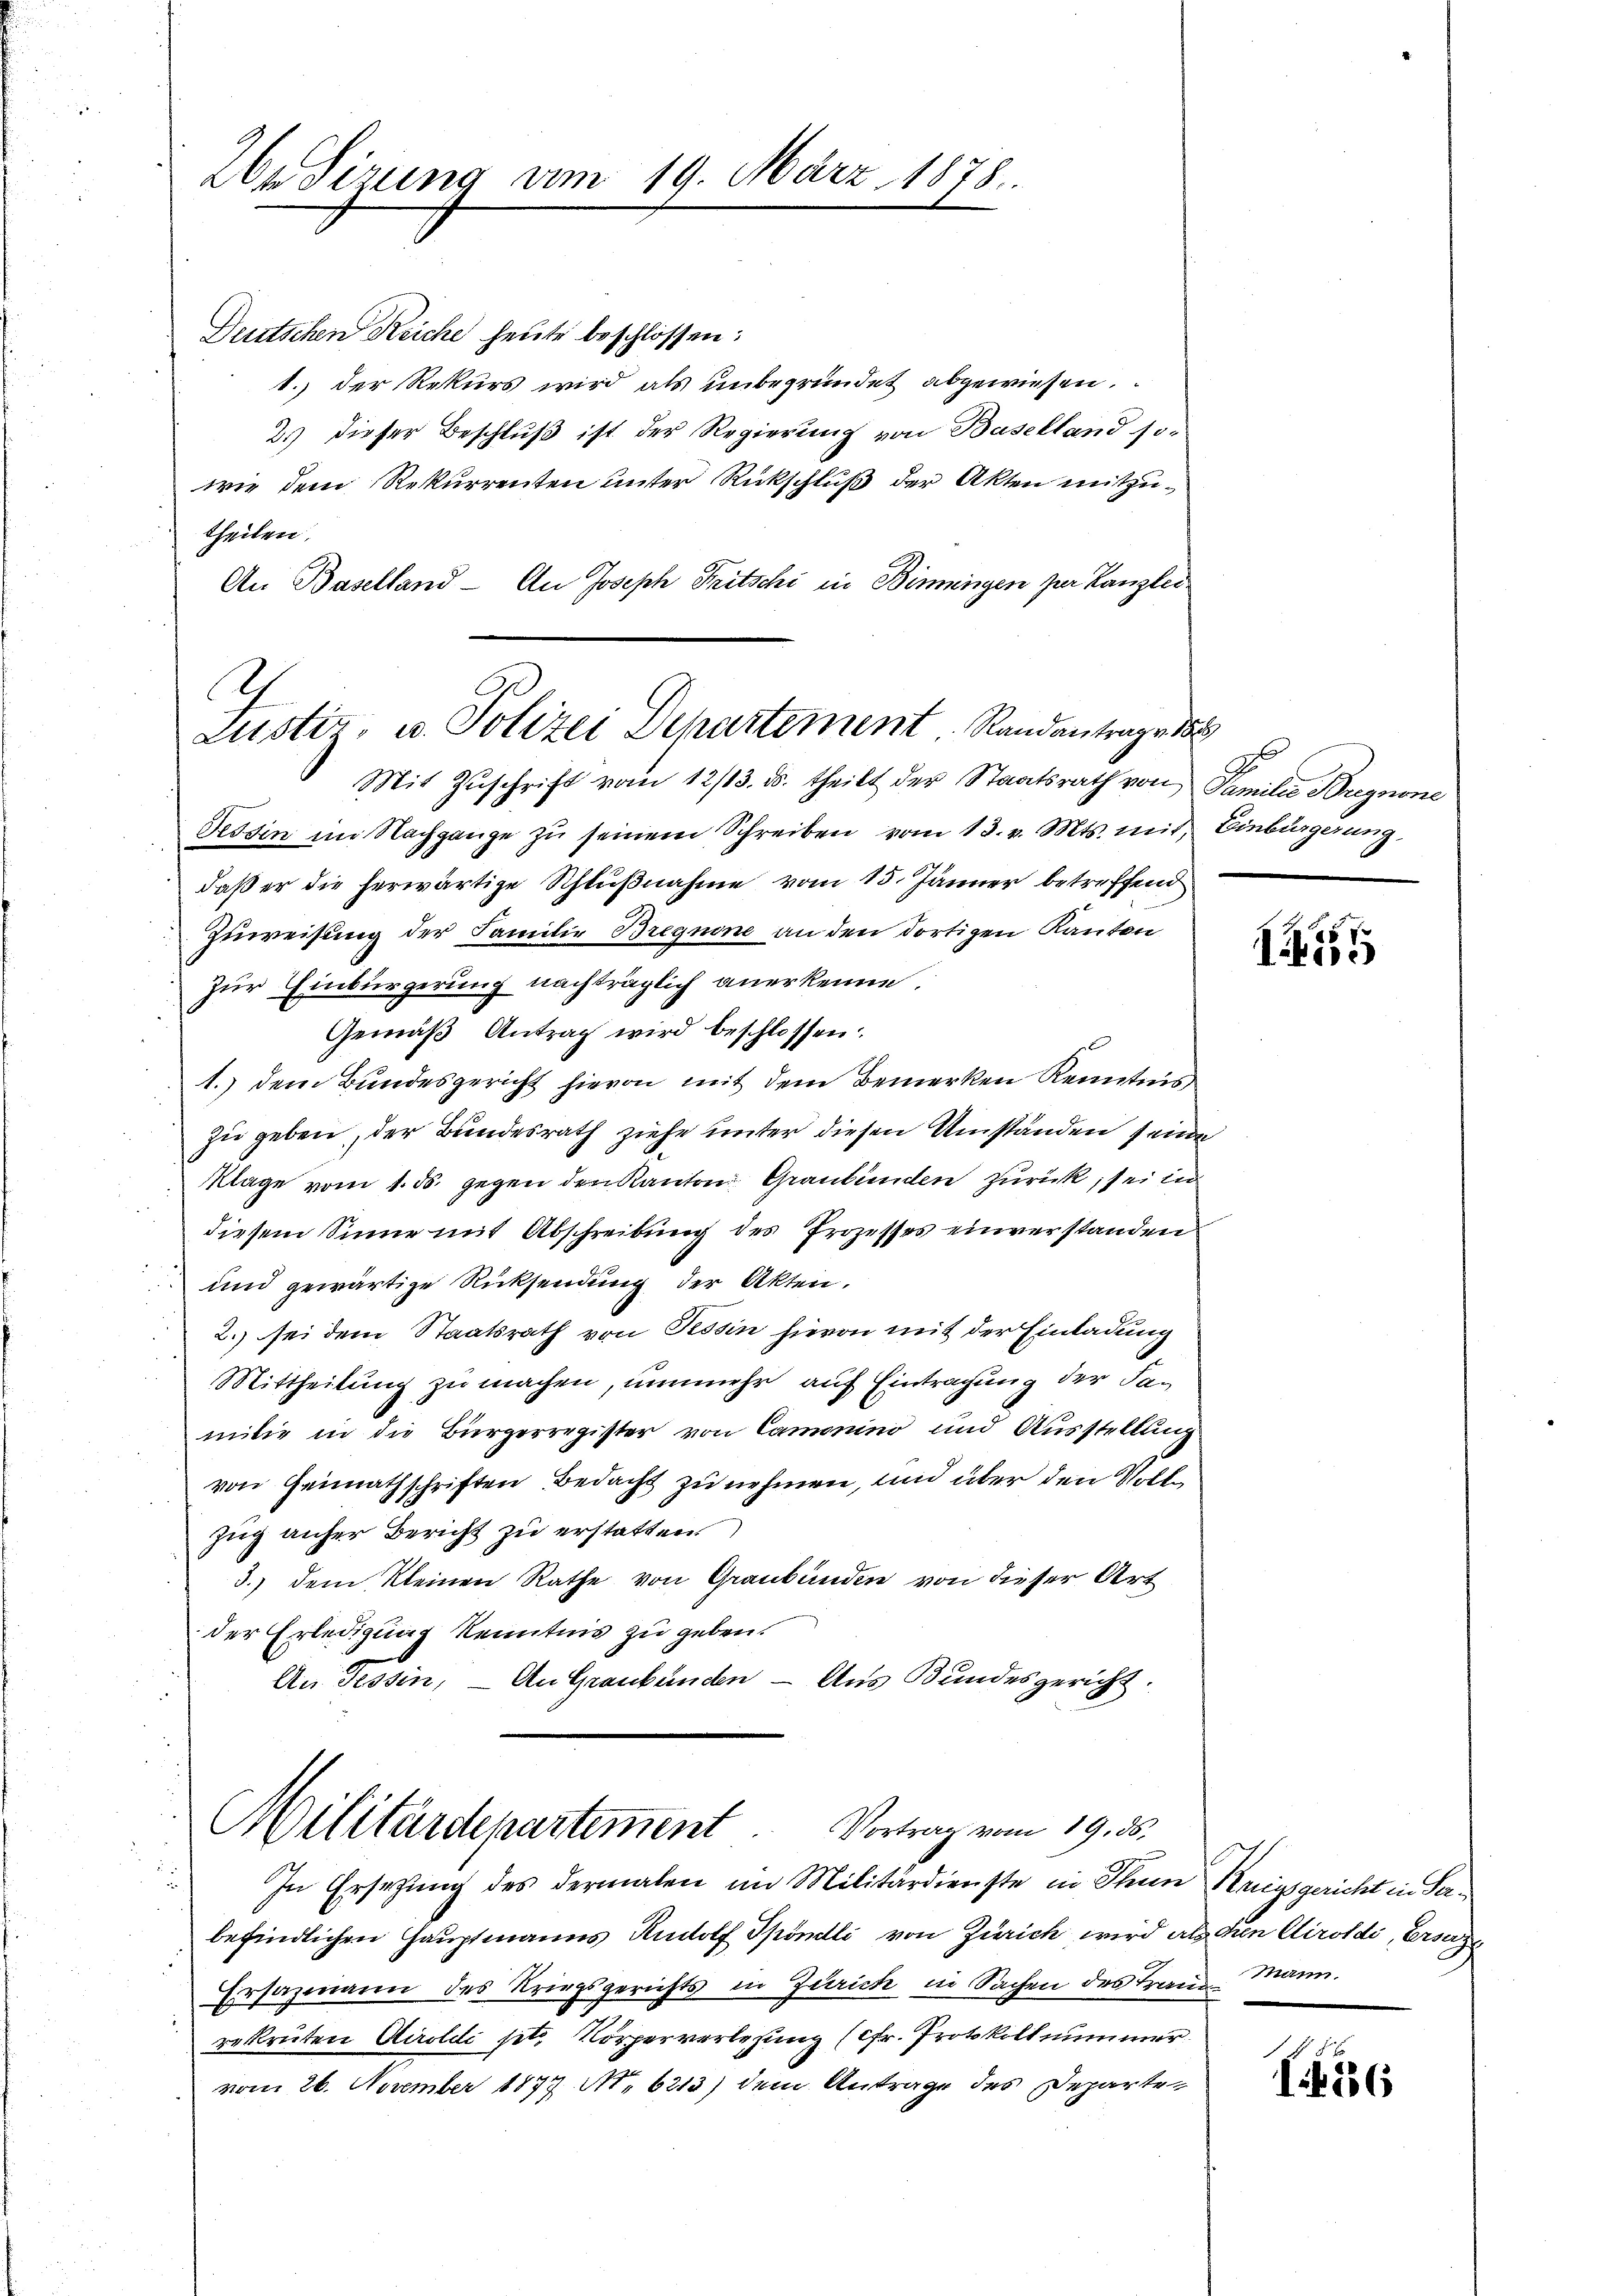
2br Sizung am 19. März 1878.

Deutschen Reiche heute beschlossen:
1.) der Rekurs wird als unbegründet abgewiesen.
2.) dieser Beschluß ist der Regierung von Baselland so-
wie dem Rekurrenten unter Rückschluß der Akten mitzutheilen.
An Baselland - An Joseph Fritschi in Binnngen zur Kanzlei.
Tessin im Nachgange zu seinem Schreiben vom 13. v. Mts. mit Einbürgerung
daß er die herwärtige Schlußnahme vom 15. Jänner betreffend
Zuweisung der Familie Bregnone an den dortigen Kanton
Zur Einbürgerung nachträglich anerkenne.
Gemäβ Antrag wird beschlossen:
1.) dem Bundesgericht hievon mit dem Bemerken Kenntnis
zu geben, der Bundesrath ziehe unter diesen Umständen seine
Klage vom 1. ds. gegen den Kanton Graubünden zurück, sei in
diesem Sinne mit Abschreibung des Prozesses einverstanden
und gewärtige Rücksendung der Akten.
2.) sei dem Staatsrath von Tessin hievon mit der Einladung
Mittheilung zu machen, nunmehr auf Eintragung der Samilie in die Bürgerregister von Camonino und Ausstellung
von Heimathschriften Bedacht zu nehmen, und über den Vollzug anher Bericht zu erstatten
3.) dem kleinen Rathe von Graubünden von dieser Art
der Erledigung Kenntnis zu geben.
An Tessin, — An Graubünden - Aus Bundesgericht.

G
Justiz, u. Polizei Departement Randantrage 188
Mit Zŭschrift vom 12/13. ds. theilt der Staatsrath von Familie Brugnone

Militärdepartement.
Vortrag vom 19. ds.
In Ersetzung des dermalen im Militärdienste in Thun Kriegsgericht in Ser¬

befindlichen Hauptmanns Rudolf Spöndli von Zürich, wird als den Airoldi, Ersezt
Ersazmann des Kriegsgerichts in Zürich in Sachen des Franz Mann.
rekruten Airoldi setz Körperverlesung (Fr. Protokoll nummer.
vom 26. November 1877 No. 6213) dem Antrage des Departen

A

I6